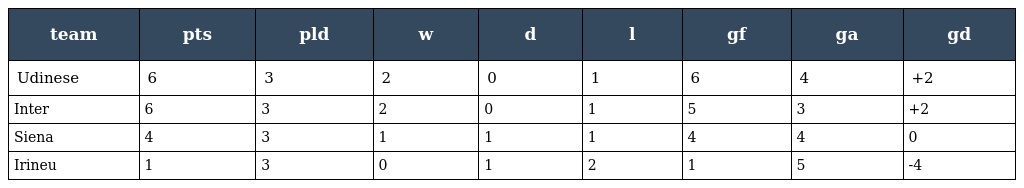
| team | pts | pld | w | d | l | gf | ga | gd |
 | --- | --- | --- | --- | --- | --- | --- | --- | --- |
 | Udinese | 6 | 3 | 2 | 0 | 1 | 6 | 4 | +2 |
 | Inter | 6 | 3 | 2 | 0 | 1 | 5 | 3 | +2 |
 | Siena | 4 | 3 | 1 | 1 | 1 | 4 | 4 | 0 |
 | Irineu | 1 | 3 | 0 | 1 | 2 | 1 | 5 | -4 |